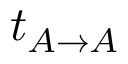
t _ { A \rightarrow A }